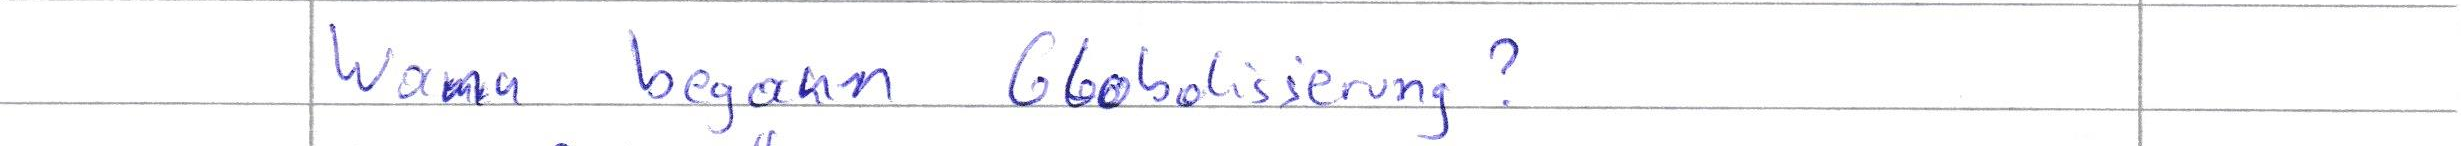
Wann begann Globalisierung?